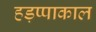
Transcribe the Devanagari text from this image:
हड़प्पाकाल